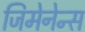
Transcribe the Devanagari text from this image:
जिमेनेन्स